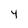
Character: 4